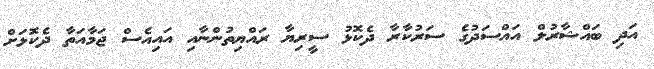
އަދި ބައްޝާރުލް އައްސަދުގެ ސަރުކާރާ ދެކޮޅު ސީރިޔާ ރައްޔިތުންނާއި އައިއެސް ޖަމާއަތާ ދެކޮޅަށް